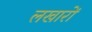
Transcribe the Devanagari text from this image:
लखारों